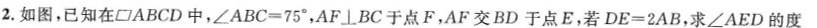
2.如图，已知在▱ABCD中，$$∠ A B C = 7 5 °$$，AF\bot BC于点F，AF交BD于点E，若$$D E = 2 A B$$，求∠AED的度